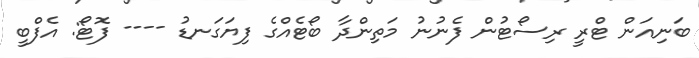
ބަނިއަން ޓްރީ ރިސޯޓުން ފެނުނު މަތިންދާ ބޯޓެއްގެ ފިޔަގަނޑު ---- ފޮޓޯ: އެފްބީ